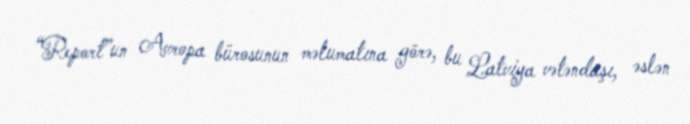
“Report”un Avropa bürosunun məlumatına görə, bu Latviya vətəndaşı, əslən